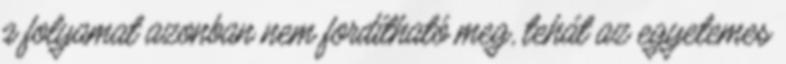
a folyamat azonban nem fordítható meg, tehát az egyetemes